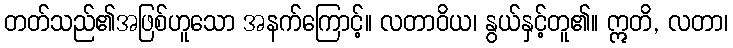
တတ်သည်၏အဖြစ်ဟူသော အနက်ကြောင့်။ လတာဝိယ၊ နွယ်နှင့်တူ၏။ ဣတိ, လတာ၊